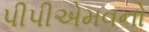
પીપીએમવનો